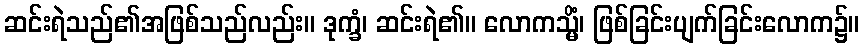
ဆင်းရဲသည်၏အဖြစ်သည်လည်း။ ဒုက္ခံ၊ ဆင်းရဲ၏။ လောကသ္မိံ၊ ဖြစ်ခြင်းပျက်ခြင်းလောက၌။